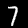
Digit: 7